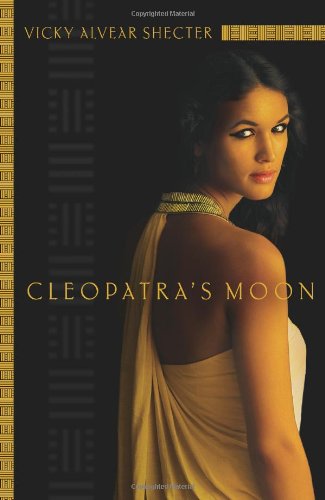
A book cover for Cleopatra's Moon; Vicky Alvear Shecter; Teen & Young Adult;